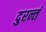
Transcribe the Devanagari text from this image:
दुरन्तं